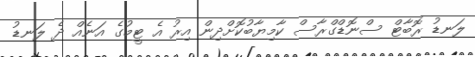
ލަނޑު ރޮބާޓް ސްނޮޑްގްރާސް ކާމިޔާބުކޮށްދިން އިރު އެ ޓީމުގެ އަނެއް ދެ ލަނޑު